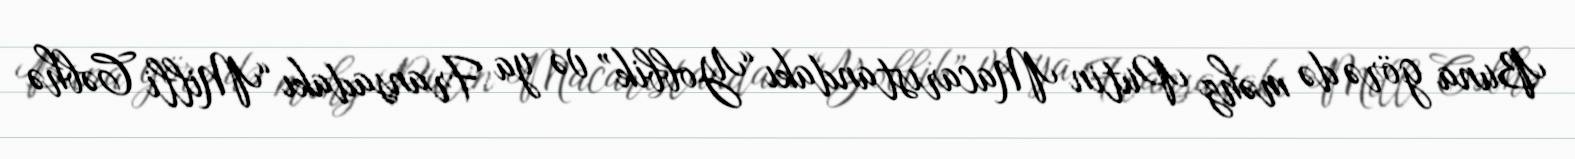
Buna görə də məhz Putin Macarıstandakı “Yobbik” və ya Fransadakı “Milli Cəbhə